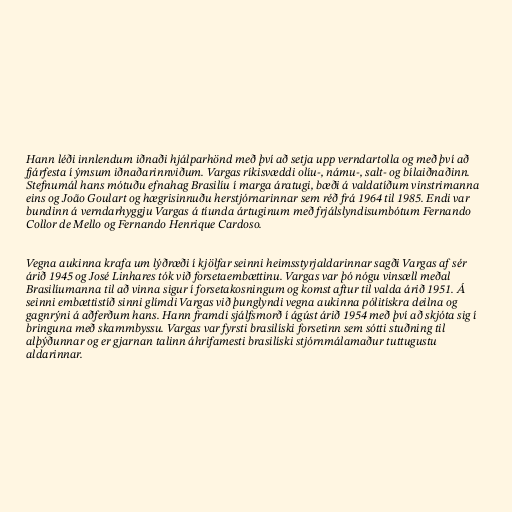
Hann léði innlendum iðnaði hjálparhönd með því að setja upp verndartolla og með því að
fjárfesta í ýmsum iðnaðarinnviðum. Vargas ríkisvæddi olíu-, námu-, salt- og bílaiðnaðinn.
Stefnumál hans mótuðu efnahag Brasilíu í marga áratugi, bæði á valdatíðum vinstrimanna
eins og João Goulart og hægrisinnuðu herstjórnarinnar sem réð frá 1964 til 1985. Endi var
bundinn á verndarhyggju Vargas á tíunda ártuginum með frjálslyndisumbótum Fernando
Collor de Mello og Fernando Henrique Cardoso.

Vegna aukinna krafa um lýðræði í kjölfar seinni heimsstyrjaldarinnar sagði Vargas af sér
árið 1945 og José Linhares tók við forsetaembættinu. Vargas var þó nógu vinsæll meðal
Brasilíumanna til að vinna sigur í forsetakosningum og komst aftur til valda árið 1951. Á
seinni embættistíð sinni glímdi Vargas við þunglyndi vegna aukinna pólitískra deilna og
gagnrýni á aðferðum hans. Hann framdi sjálfsmorð í ágúst árið 1954 með því að skjóta sig í
bringuna með skammbyssu. Vargas var fyrsti brasilíski forsetinn sem sótti stuðning til
alþýðunnar og er gjarnan talinn áhrifamesti brasilíski stjórnmálamaður tuttugustu
aldarinnar.